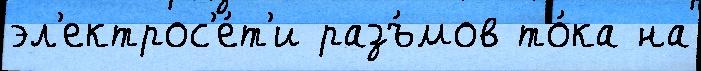
эл'ектрос'е́т'и разъ́мов то́ка на